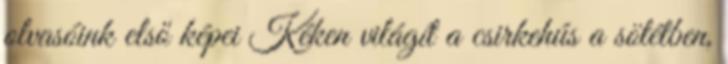
olvasóink első képei Kéken világít a csirkehús a sötétben,